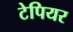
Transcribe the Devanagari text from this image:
टेपियर